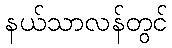
နယ်သာလန်တွင်